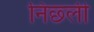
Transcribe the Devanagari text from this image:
निछ्ली